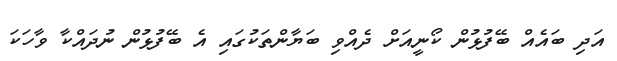
އަދި ބައެއް ބޭފުޅުން ކޯނީއަށް ދެއްވި ބަޔާންތަކުގައި އެ ބޭފުޅުން ނުދައްކާ ވާހަކަ